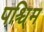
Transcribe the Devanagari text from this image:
पश्चि्म